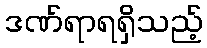
ဒဏ်ရာရရှိသည့်